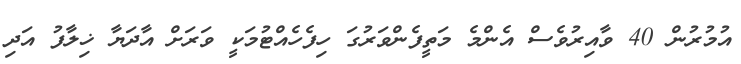
އުމުރުން 40 ވާއިރުވެސް އެންމެ މަތީފެންވަރުގަ ހިފެހެއްޓުމަކީ ވަރަށް އާދަޔާ ޚިލާފު އަދި